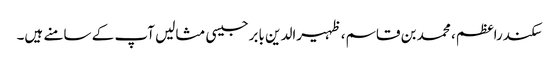
سکندراعظم، محمد بن قاسم، ظہیرالدین بابرجیسی مثالیں آپ کے سامنے ہیں۔